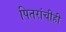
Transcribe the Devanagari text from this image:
पितरांचीही